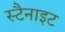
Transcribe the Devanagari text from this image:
स्टैनाइट